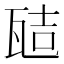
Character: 𭺞